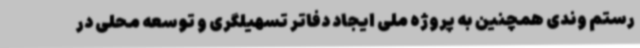
رستم وندی همچنین به پروژه ملی ایجاد دفاتر تسهیلگری و توسعه محلی در